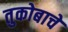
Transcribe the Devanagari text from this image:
तुकोबाचे